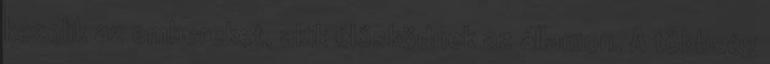
kezelik az embereket, akik élősködnek az államon. A többség